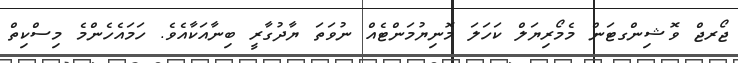
ޖޯރޖް ވޮޝިންގޓަން މެމޯރިޔަލް ކަހަލަ މޮނިޔުމަންޓެއް ނުވަތަ ޔާދުގާރީ ބިނާއަކާއެވެ. ހަމައެހެންމެ މިސްކިތް